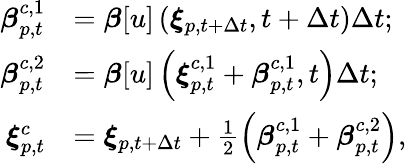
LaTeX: \begin{array}{rl}{\boldsymbol{\beta}_{p,t}^{c,1}}&{=\boldsymbol{\beta}[u]\left(\boldsymbol{\xi}_{p,t+\Delta t},t+\Delta t\right)\Delta t;}\\ {\boldsymbol{\beta}_{p,t}^{c,2}}&{=\boldsymbol{\beta}[u]\left(\boldsymbol{\xi}_{p,t}^{c,1}+\boldsymbol{\beta}_{p,t}^{c,1},t\right)\Delta t;}\\ {\boldsymbol{\xi}_{p,t}^{c}}&{=\boldsymbol{\xi}_{p,t+\Delta t}+\frac{1}{2}\left(\boldsymbol{\beta}_{p,t}^{c,1}+\boldsymbol{\beta}_{p,t}^{c,2}\right),}\end{array}